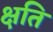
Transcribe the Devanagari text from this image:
क्षति